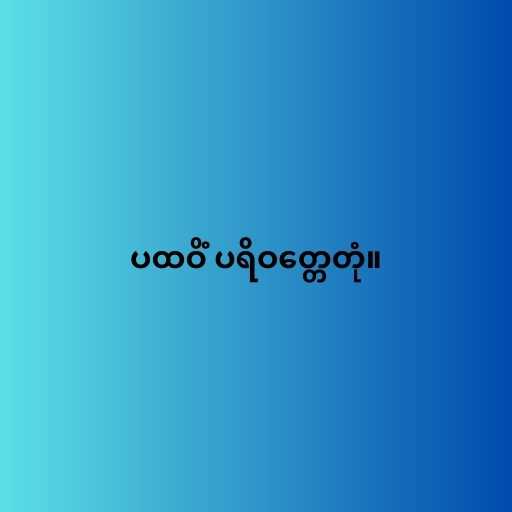
ပထဝိံ ပရိဝတ္တေတုံ။